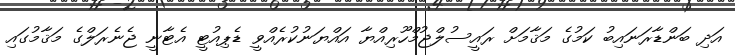
އަދި ބަންޑާރަނައިބު ކަމުގެ މަޤާމަށް ރައީސުލްޖުމްހޫރިއްޔާ އައްޔަނުކުރެއްވީ ޑެޕިއުޓީ އެޓާނީ ޖެނެރަލްގެ މަޤާމުގައި